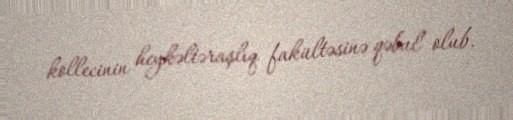
kollecinin heykəltəraşlıq fakültəsinə qəbul olub.